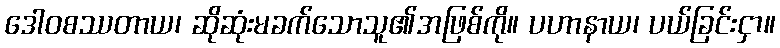
ဒေါဝစဿတာယ၊ ဆိုဆုံးမခက်သောသူ၏အဖြစ်ကို။ ပဟာနာယ၊ ပယ်ခြင်းငှာ။